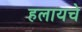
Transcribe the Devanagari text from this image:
हलायचे